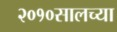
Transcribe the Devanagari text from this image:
२०१०सालच्या